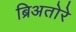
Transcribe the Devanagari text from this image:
ब्रिअतोरे